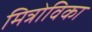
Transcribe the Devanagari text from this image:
मित्रोविका